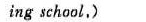
ing school,)